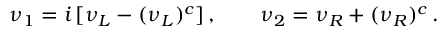
\nu _ { 1 } = i \, [ \nu _ { L } - ( \nu _ { L } ) ^ { c } ] \, , \qquad \nu _ { 2 } = \nu _ { R } + ( \nu _ { R } ) ^ { c } \, .